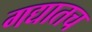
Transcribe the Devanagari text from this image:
गद्यातच